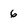
Character: 6